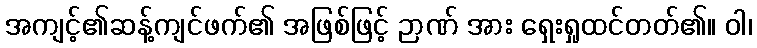
အကျင့်၏ဆန့်ကျင်ဖက်၏ အဖြစ်ဖြင့် ဉာဏ် အား ရှေးရှုထင်တတ်၏။ ဝါ၊